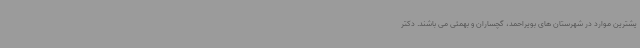
یشترین موارد در شهرستان های بویراحمد، گچساران و بهمئی می باشند. دکتر